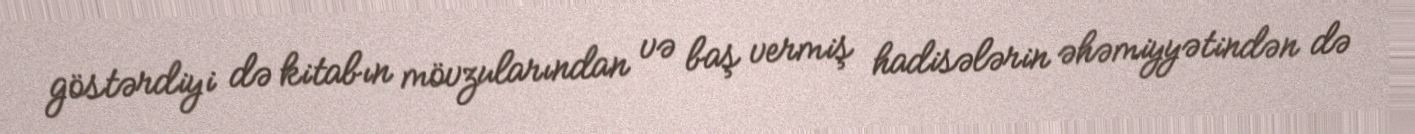
göstərdiyi də kitabın mövzularından və baş vermiş hadisələrin əhəmiyyətindən də